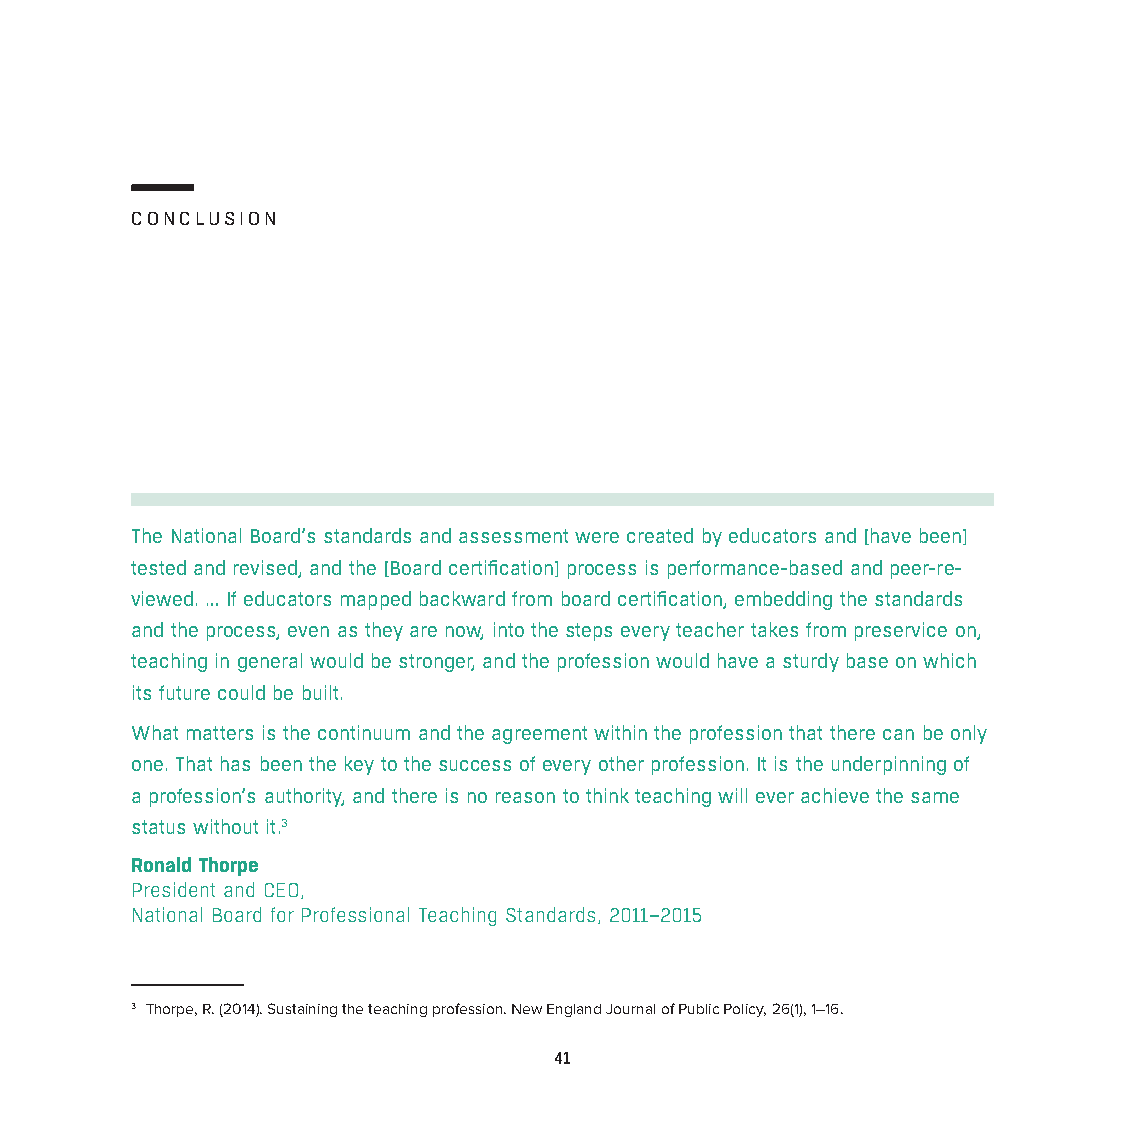
CONCLUSION
 The National Board’s standards and assessment were created by educators and [have been]
 tested and revised, and the [Board certification] process is performance-based and peer-re-
 viewed. … If educators mapped backward from board certification, embedding the standards
 and the process, even as they are now, into the steps every teacher takes from preservice on,
 teaching in general would be stronger, and the profession would have a sturdy base on which
 its future could be built.
 What matters is the continuum and the agreement within the profession that there can be only
 one. That has been the key to the success of every other profession. It is the underpinning of
 a profession’s authority, and there is no reason to think teaching will ever achieve the same
 status without it.3
 Ronald Thorpe
 President and CEO,
 National Board for Professional Teaching Standards, 2011–2015
 3 Thorpe, R. (2014). Sustaining the teaching profession. New England Journal of Public Policy, 26(1), 1–16.
 41